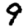
Digit: 9